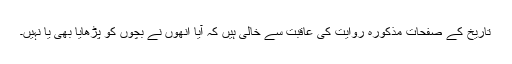
تاریخ کے صفحات مذکورہ روایت کی عاقبت سے خالی ہیں کہ آیا انھوں نے بچوں کو پڑھایا بھی یا نہیں۔